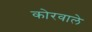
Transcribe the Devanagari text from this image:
कोरवाले